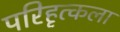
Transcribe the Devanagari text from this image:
परिहृत्कला